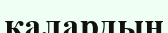
калардың